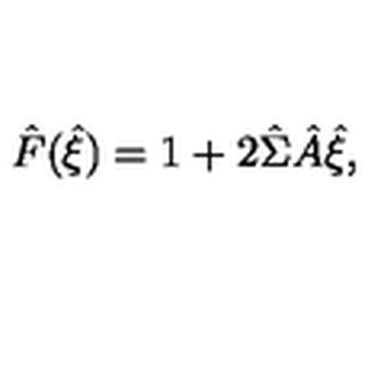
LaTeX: \hat { F } ( \hat { \xi } ) = 1 + 2 \hat { \Sigma } \hat { A } \hat { \xi } ,